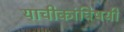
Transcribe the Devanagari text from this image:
याचीकांविषयी